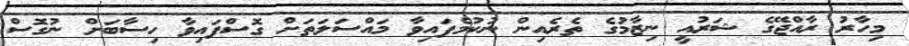
މިހާރު ރާއްޖޭގެ ޝަރުއީ ނިޒާމުގެ ތެރެއިން ނުކުމެފައިވާ މައްސަލަތަށް ގޮސްފައިވާ ހިސާބަށް ނުގޮސް